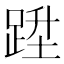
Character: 𨁠